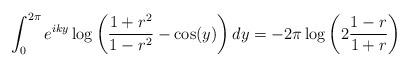
LaTeX: \begin{align*} \int_{0}^{2\pi} e^{iky} \log\left(\frac{1+r^2}{1-r^2}-\cos(y)\right)dy = -2\pi \log\left(2\frac{1-r}{1+r}\right)\end{align*}